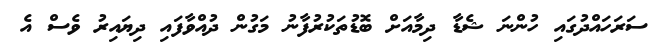
ސަރަހައްދުގައި ހުންނަ ޝެޑާ ދިމާއަށް ބޮޑުތަކުރުފާނު މަގުން ދުއްވާފައި ދިޔައިރު ވެސް އެ